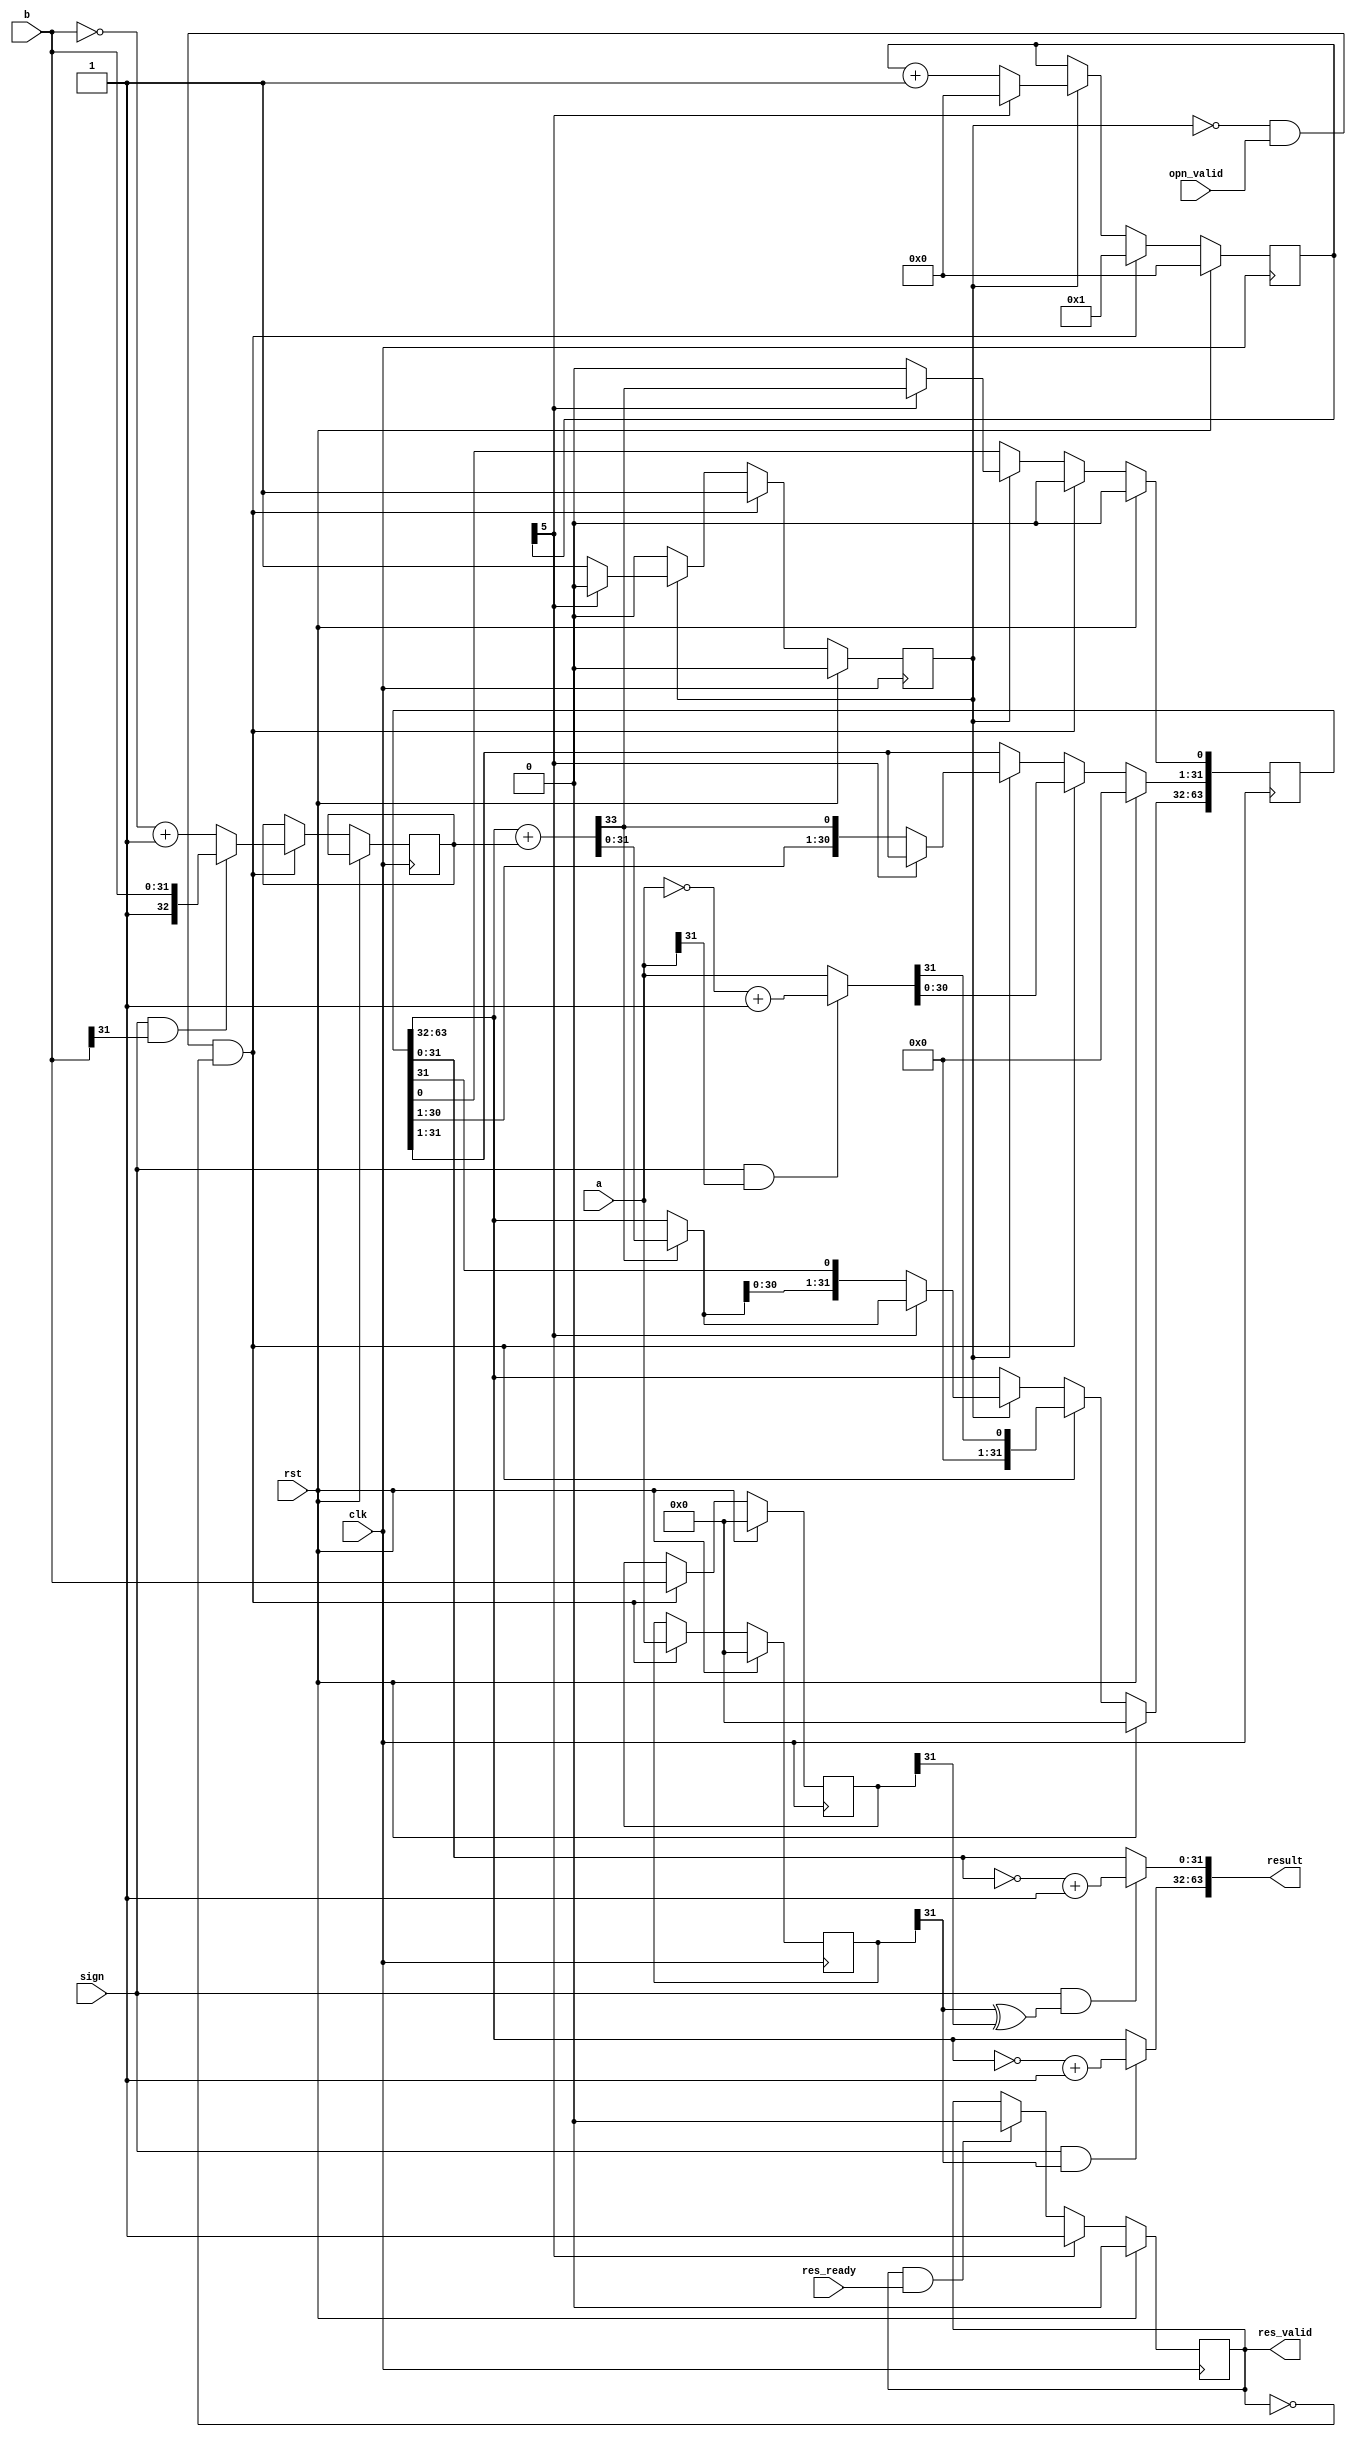
//module:       div
//description:  radix-2 divider
//version:      1.4

/** log:
1.1:  (M,W, )
1.2: flush1.3: rst
1.3: axi(opn_valid)slave
1.4: rstreg0resultxxx
*/

module div_radix2(
    input wire clk,
    input wire rst,
    input wire [31:0] a,    //divident
    input wire [31:0] b,    //divisor
    input wire sign,        //1:signed

    input wire opn_valid,   //master
    output reg res_valid,   //slave
    input wire res_ready,   //master
    output wire [63:0] result
);
    /** 
    1. 
    2. remainer03233
    */

    reg [31:0] a_save, b_save;
    reg [63:0] SR;                  //shift register
    reg [32 :0] NEG_DIVISOR;        //divisor 2's complement
    wire [31:0] REMAINER, QUOTIENT;
    assign REMAINER = SR[63:32];
    assign QUOTIENT = SR[31: 0];

    wire [31:0] divident_abs;
    wire [32:0] divisor_abs;
    wire [31:0] remainer, quotient;

    assign divident_abs = (sign & a[31]) ? ~a + 1'b1 : a;
    //
    assign remainer = (sign & a_save[31]) ? ~REMAINER + 1'b1 : REMAINER;
    assign quotient = sign & (a_save[31] ^ b_save[31]) ? ~QUOTIENT + 1'b1 : QUOTIENT;
    assign result = {remainer,quotient};

    wire CO;
    wire [32:0] sub_result;
    wire [32:0] mux_result;
    //sub
    assign {CO,sub_result} = {1'b0,REMAINER} + NEG_DIVISOR;
    //mux
    assign mux_result = CO ? sub_result : {1'b0,REMAINER};

    //FSM
    reg [5:0] cnt;
    reg start_cnt;
    always @(posedge clk) begin
        if(rst) begin
            SR <= 0;
            a_save <= 0;
            b_save <= 0;

            cnt <= 0;
            start_cnt <= 1'b0;
        end
        else if(~start_cnt & opn_valid & ~res_valid) begin
            cnt <= 1;
            start_cnt <= 1'b1;
            //save a,b
            a_save <= a;
            b_save <= b;

            //Register init
            SR[63:0] <= {31'b0,divident_abs,1'b0}; //left shift one bit initially
            NEG_DIVISOR <= (sign & b[31]) ? {1'b1,b} : ~{1'b0,b} + 1'b1; //divisor_abs
        end
        else if(start_cnt) begin
            if(cnt[5]) begin    //cnt == 32
                cnt <= 0;
                start_cnt <= 1'b0;
                
                //Output result
                SR[63:32] <= mux_result[31:0];
                SR[0] <= CO;
            end
            else begin
                cnt <= cnt + 1;

                SR[63:0] <= {mux_result[30:0],SR[31:1],CO,1'b0}; //wsl: write and shift left
            end
        end
    end

    wire data_go;
    assign data_go = res_valid & res_ready;
    always @(posedge clk) begin
        res_valid <= rst     ? 1'b0 :
                     cnt[5]  ? 1'b1 :
                     data_go ? 1'b0 : res_valid;
    end
endmodule